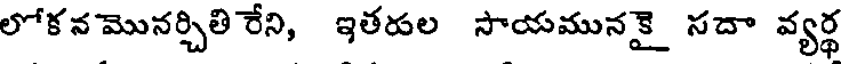
లోకన మొనర్చితి రేని, ఇతరుల సాయమునకై సదా వ్యర్థ